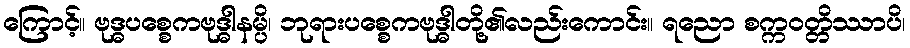
ကြောင့်။ ဗုဒ္ဓပစ္စေကဗုဒ္ဓါနမ္ပိ၊ ဘုရားပစ္စေကဗုဒ္ဓါတို့၏လည်းကောင်း။ ရညော စက္ကဝတ္တိဿာပိ၊